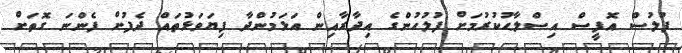
ފުލުސް އޮފީސް އިޞްލާޙުކުރުމަށް ފުލުހުންގެ އިދާރާއިން އަޅަމުންދާ ފިޔަވަޅުތައް ދެފުށް ފެންނަ ގޮތަށް